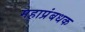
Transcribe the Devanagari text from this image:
महाप्रंबधक